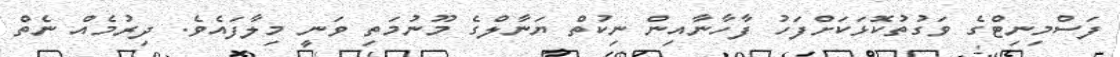
ފަސްމިނިޓްގެ ވަގުތުކޮޅަކަށްފަހު ފާހާނާއިން ނިކުތް ޔަނާލްގެ މޫނުމަތި ވަނީ މިލާފައެވެ. ދިރުމެއް ނެތް